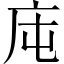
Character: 庉